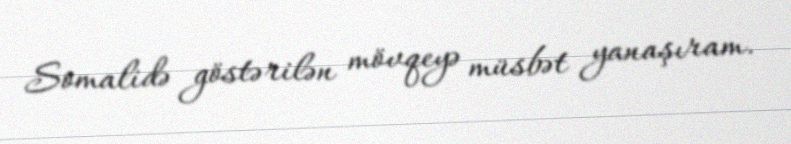
Somalidə göstərilən mövqeyə müsbət yanaşıram.